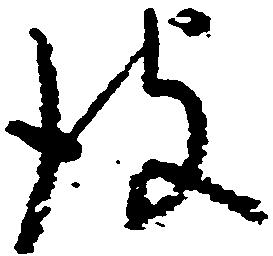
彼